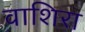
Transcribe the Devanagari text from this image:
वाशिरा